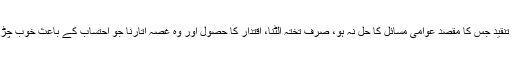
مگر ایسی تنقید جس کا مقصد عوامی مسائل کا حل نہ ہو، صرف تختہ الٹنا، اقتدار کا حصول اور وہ غصہ اتارنا جو احتساب کے باعث خوب چڑھا ہوا ہے۔